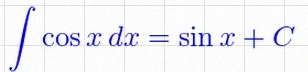
\int \cos x\,dx=\sin x+C